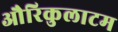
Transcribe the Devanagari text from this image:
औरिकुलाटम